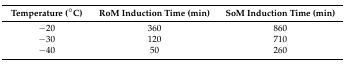
| Temperature (°C) | RoM Induction Time (min) | SoM Induction Time (min) |
 | --- | --- | --- |
 | −20 | 360 | 860 |
 | −30 | 120 | 710 |
 | −40 | 50 | 260 |